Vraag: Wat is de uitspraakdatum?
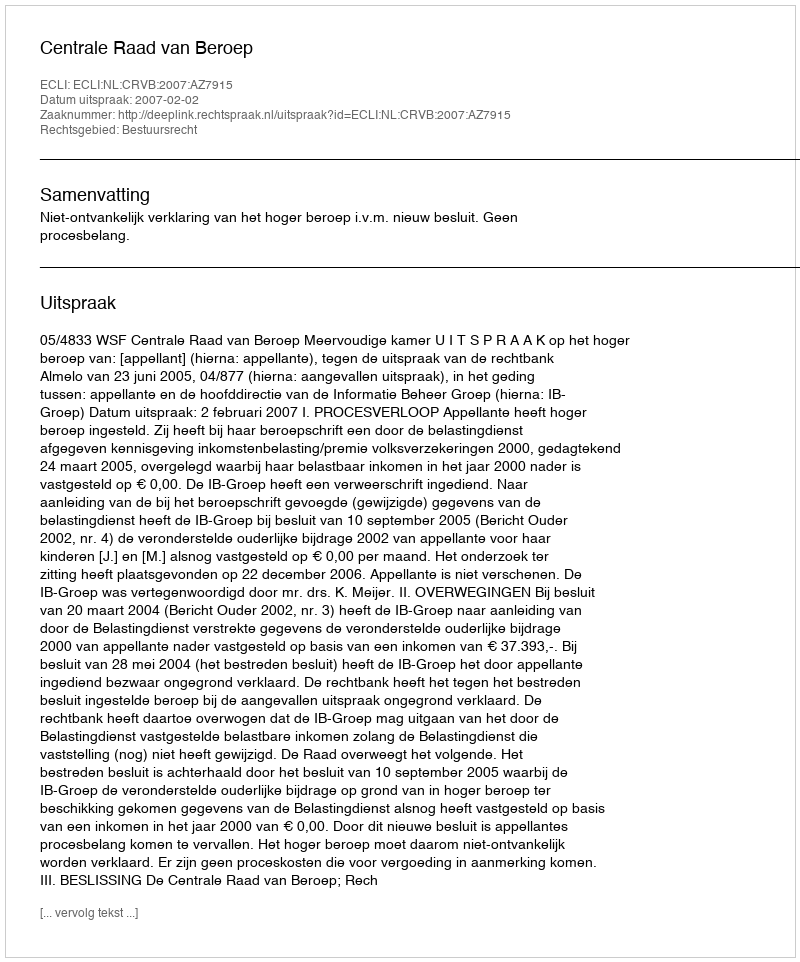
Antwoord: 2007-02-02